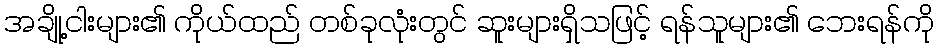
အချို့ငါးများ၏ ကိုယ်ထည် တစ်ခုလုံးတွင် ဆူးများရှိသဖြင့် ရန်သူများ၏ ဘေးရန်ကို